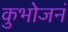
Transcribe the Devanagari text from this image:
कुभोजनं